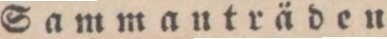
Sammanträden.